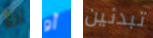
انا أو تبدئين